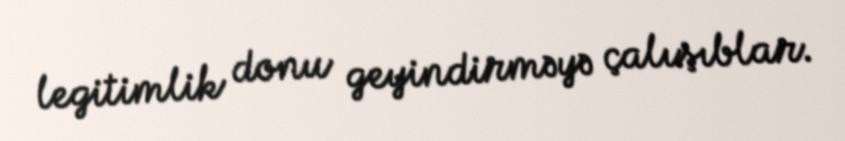
legitimlik donu geyindirməyə çalışıblar.